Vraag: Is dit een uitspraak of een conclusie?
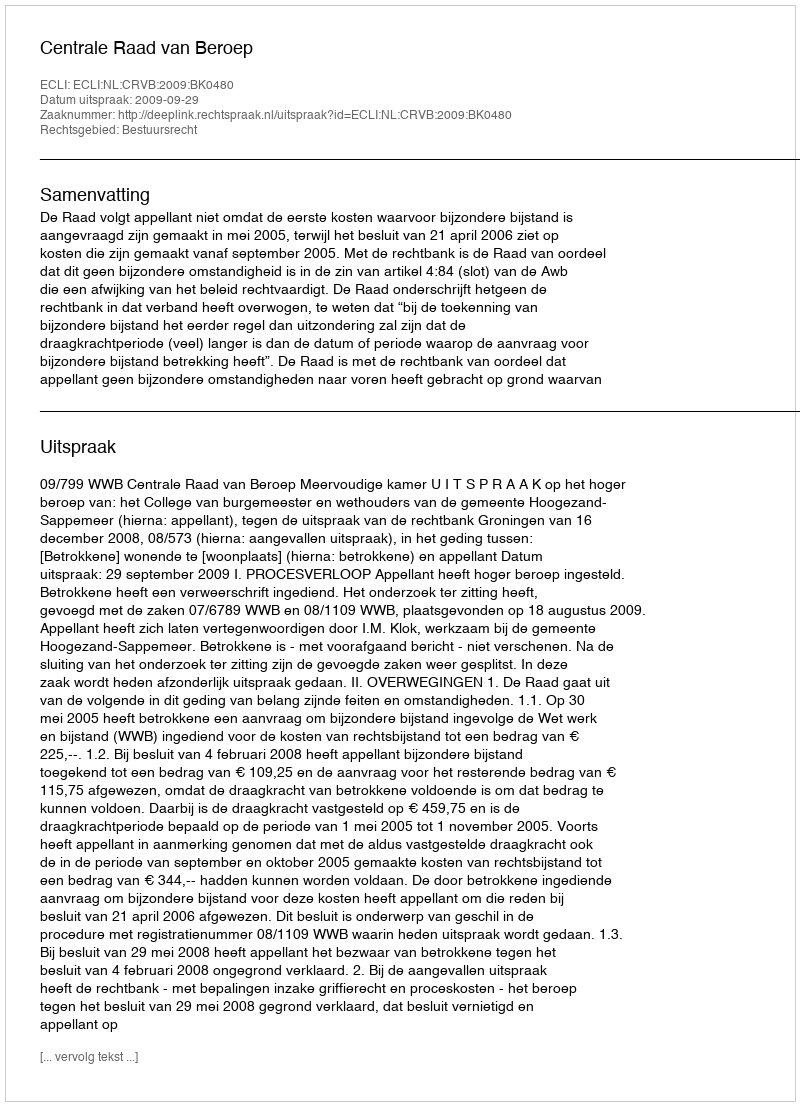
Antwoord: Uitspraak